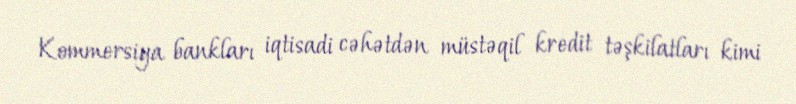
Kommersiya bankları iqtisadi cəhətdən müstəqil kredit təşkilatları kimi